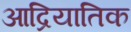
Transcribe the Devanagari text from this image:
आद्रियातिक